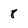
Character: 8